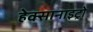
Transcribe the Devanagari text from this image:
हेक्सानाइट्रो